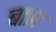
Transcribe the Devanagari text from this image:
बात्रा